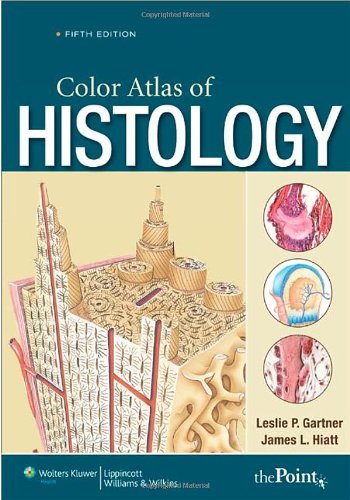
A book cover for Color Atlas of Histology (Color Atlas of Histology (Gartner)); Leslie P. Gartner PhD; Medical Books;